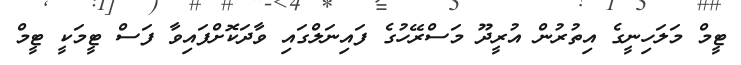
ޓީމް މަލަހިނީގެ އިތުރުން އުރީދޫ މަސްރޭހުގެ ފައިނަލްގައި ވާދަކޮށްފައިވާ ފަސް ޓީމަކީ ޓީމް